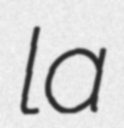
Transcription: la